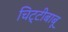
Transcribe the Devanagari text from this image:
चिट्टीबाबू